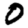
Digit: 0